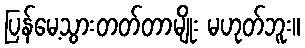
ပြန်မေ့သွားတတ်တာမျိုး မဟုတ်ဘူး။